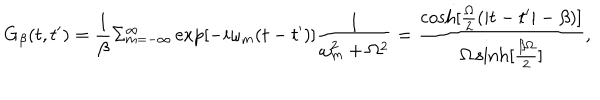
LaTeX: G _ { \beta } ( t , t ^ { \prime } ) = \frac { 1 } { \beta } \Sigma _ { m = - \infty } ^ { \infty } \exp [ - i \omega _ { m } ( t - t ^ { \prime } ) ] \frac { 1 } { \omega _ { m } ^ { 2 } + \Omega ^ { 2 } } = \frac { \cosh [ \frac { \Omega } { 2 } ( | t - t ^ { \prime } | - \beta ) ] } { \Omega \sinh [ \frac { \beta \Omega } { 2 } ] } ,